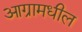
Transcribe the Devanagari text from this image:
आग्रामधील